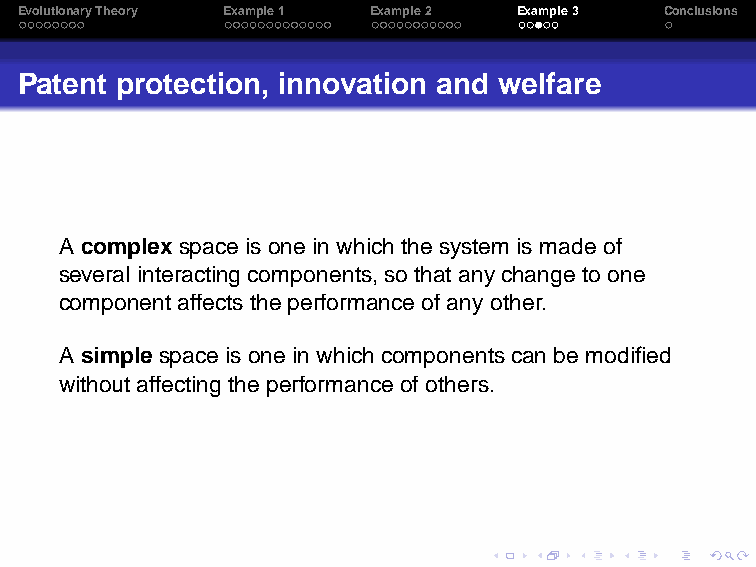
EvolutionaryTheory Example1 Example2 Example3 Conclusions
 Patent protection, innovation and welfare
 A complexspace is onein which the system is madeof
 several interactingcomponents,so thatanychangeto one
 componentaffects theperformanceofanyother.
 A simplespace is onein which componentscan bemodified
 withoutaffecting theperformanceofothers.